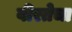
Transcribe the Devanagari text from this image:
वीरतेचा